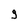
Character: g